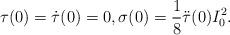
LaTeX: \begin{align*} \tau(0)=\dot{\tau}(0)=0, \sigma(0)=\frac{1}{8}\ddot{\tau}(0)I_0^2.\end{align*}